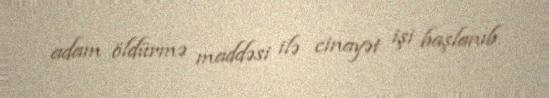
adam öldürmə maddəsi ilə cinayət işi başlanıb.